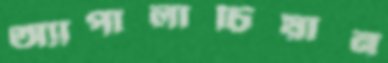
অ্যাপালাচিয়ান